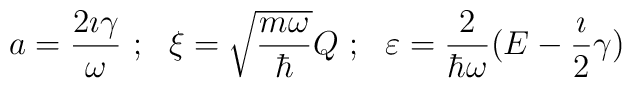
a= \frac{2 \imath \gamma }{\omega} \ ; \ \ \xi =\sqrt{\frac{m\omega}{\hbar}} Q \ ; \ \ \varepsilon = \frac{2}{\hbar \omega}(E -\frac{\imath}{2} \gamma)